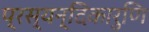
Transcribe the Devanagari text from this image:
प्रस्यन्दिकारुणि